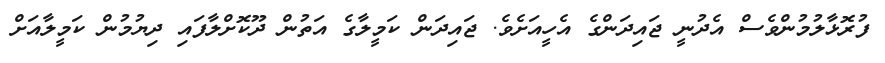
ފުރޮޅާލުމުންވެސް އެދުނީ ޖައިދަންގެ އެހީއަށެވެ. ޖައިދަން ކަމީލާގެ އަތުން ދޫކޮށްލާފައި ދިޔުމުން ކަމީލާއަށް